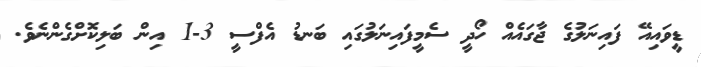
ޑީވައިއޭ ފައިނަލުގެ ޖާގައެއް ހޯދީ ސެމީފައިނަލުގައި ބަނޑު އެފްސީ 3-1 އިން ބަލިކޮށްގެންނެވެ.